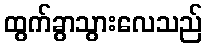
ထွက်ခွာသွားလေသည်